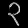
Digit: ၃